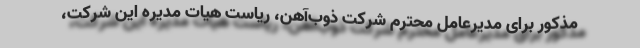
مذکور برای مدیرعامل محترم شرکت ذوب‌آهن، ریاست هیات مدیره این شرکت،